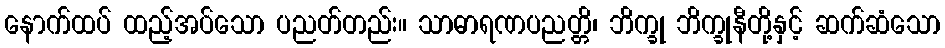
နောက်ထပ် ထည့်အပ်သော ပညတ်တည်း။ သာဓာရဏပညတ္တိ၊ ဘိက္ခု ဘိက္ခုနီတို့နှင့် ဆက်ဆံသော